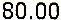
80.00